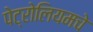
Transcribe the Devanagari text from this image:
पेट्रोलियमचे